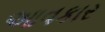
આવકાર